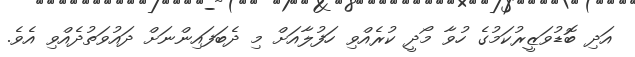
އަދި ބޮޑުވަޒީރުކަމުގެ ހުވާ މޯދީ ކުރެއްވި ހަފުލާއަށް މި ދެބަފައިންނަށް ދައުވަތުދެއްވި އެވެ.